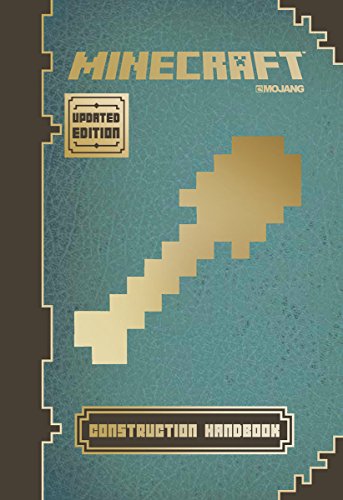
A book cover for Minecraft: Construction Handbook (Updated Edition): An Official Mojang Book; Matthew Needler; Children's Books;